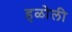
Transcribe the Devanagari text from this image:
हळोली